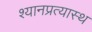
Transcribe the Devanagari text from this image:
श्यानप्रत्यास्थ